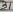
Text: 31